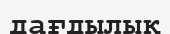
дағдылық